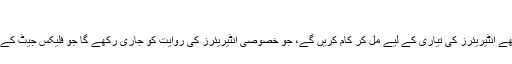
”
ایریون اور فلیکس جیٹ اے ایس2 کے زبردست اور انوکھے انٹیریئرز کی تیاری کے لیے مل کر کام کریں گے، جو خصوصی انٹیریئرز کی روایت کو جاری رکھے گا جو فلیکس جیٹ کے حال ہی میں جاری ہونے والے ریڈ لیبل بیڑے کے تھے۔